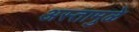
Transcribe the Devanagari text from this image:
अस्तामुळे